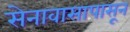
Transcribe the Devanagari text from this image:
सेनावासापासून